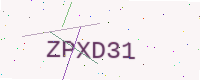
Text: ZPXD31